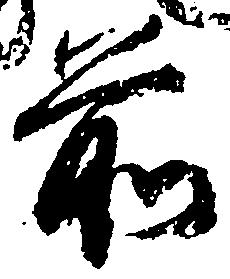
前